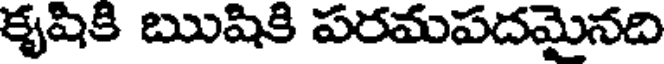
కృషికి ఋషికి పరమపదమైనది